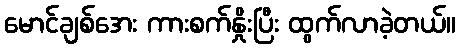
မောင်ချစ်အေး ကားစက်နှိုးပြီး ထွက်လာခဲ့တယ်။